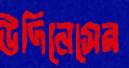
উদিনেসের